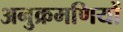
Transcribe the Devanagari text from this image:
अनुक्रमणियों